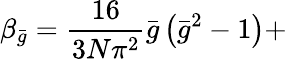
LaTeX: \beta_{\bar{g}}=\frac{16}{3N\pi^{2}}\bar{g}\left(\bar{g}^{2}-1\right)+